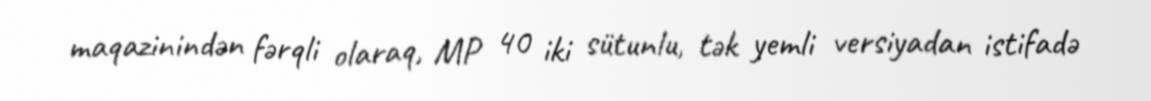
maqazinindən fərqli olaraq, MP 40 iki sütunlu, tək yemli versiyadan istifadə